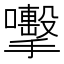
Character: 𭣈